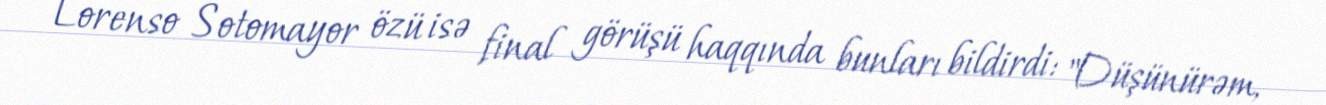
Lorenso Sotomayor özü isə final görüşü haqqında bunları bildirdi: "Düşünürəm,